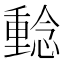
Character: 𱟔